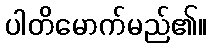
ပါတိမောက်မည်၏။